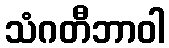
သံဂတီဘာဝါ